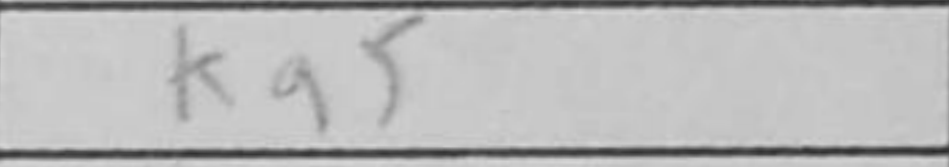
Transcription: Ka5